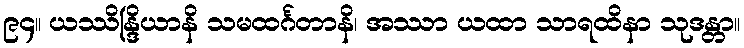
၉၄။ ယဿိန္ဒြိယာနိ သမထင်္ဂတာနိ၊ အဿာ ယထာ သာရထိနာ သုဒန္တာ။